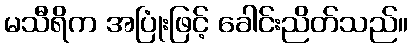
မသီရိက အပြုံးဖြင့် ခေါင်းညိတ်သည်။